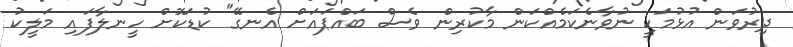
ދިރުވަން އުޅުމަކީ ނުވާނެކަމެއްކަން މާކުރިން ވެސް ބައްޕައަށް އެނގޭ" ކުޑަކޮށް ހީނލާފައި މަލީކު